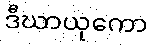
ဒီဃာယုကော